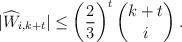
LaTeX: \begin{align*} |\widehat{W}_{i,k+t}| & \leq \left (\frac{2}{3} \right )^{t} \binom {k+t}{i} \:. \end{align*}